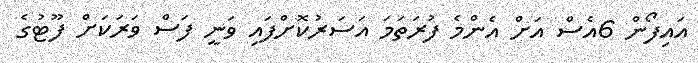
އައިފޯން 6އެސް އަށް އެންމެ ފުރަތަމަ އަސަރުކޮށްފައި ވަނީ ފަސް ވަރަކަށް ފޫޓުގެ